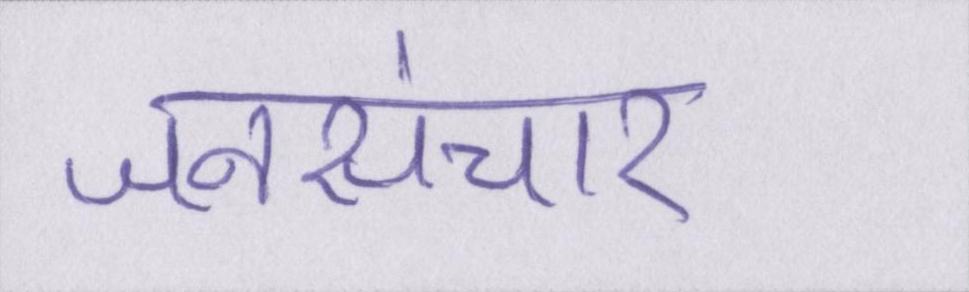
जनसंचार